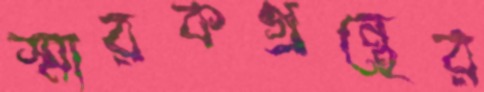
স্মারকগ্রন্থের